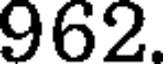
962.